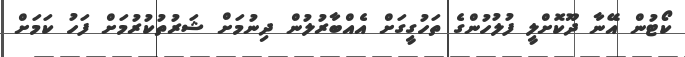
ކޯޓުން އޭނާ ދޫކޮށްލީ ފުލުހުންގެ ތަހުގީގަށް އެއްބާރުލުން ދިނުމަށް ޝަރުތުކުރުމަށް ފަހު ކަމަށް